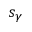
s _ { \gamma }